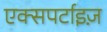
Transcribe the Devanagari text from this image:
एक्सपर्टाइज़